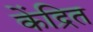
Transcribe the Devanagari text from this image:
केंद्रित